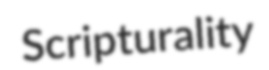
Scripturality